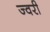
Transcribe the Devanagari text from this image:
ज्वरी